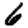
Digit: 6